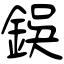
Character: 鋘